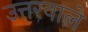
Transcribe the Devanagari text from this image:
उत्तरवाले